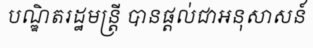
បណ្ឌិតរដ្ឋមន្ត្រី បានផ្តល់ជាអនុសាសន៍